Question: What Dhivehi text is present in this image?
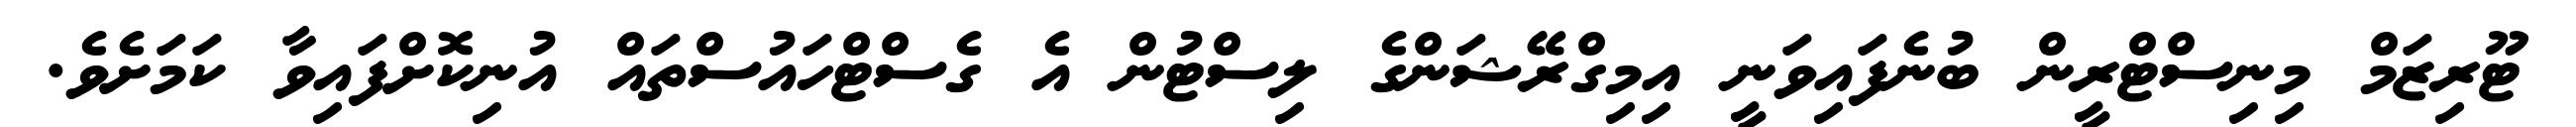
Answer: ޓޫރިޒަމް މިނިސްޓްރީން ބުނެފައިވަނީ އިމިގްރޭޝަންގެ ލިސްޓުން އެ ގެސްޓްހައުސްތައް އުނިކޮށްފައިވާ ކަމަށެވެ.